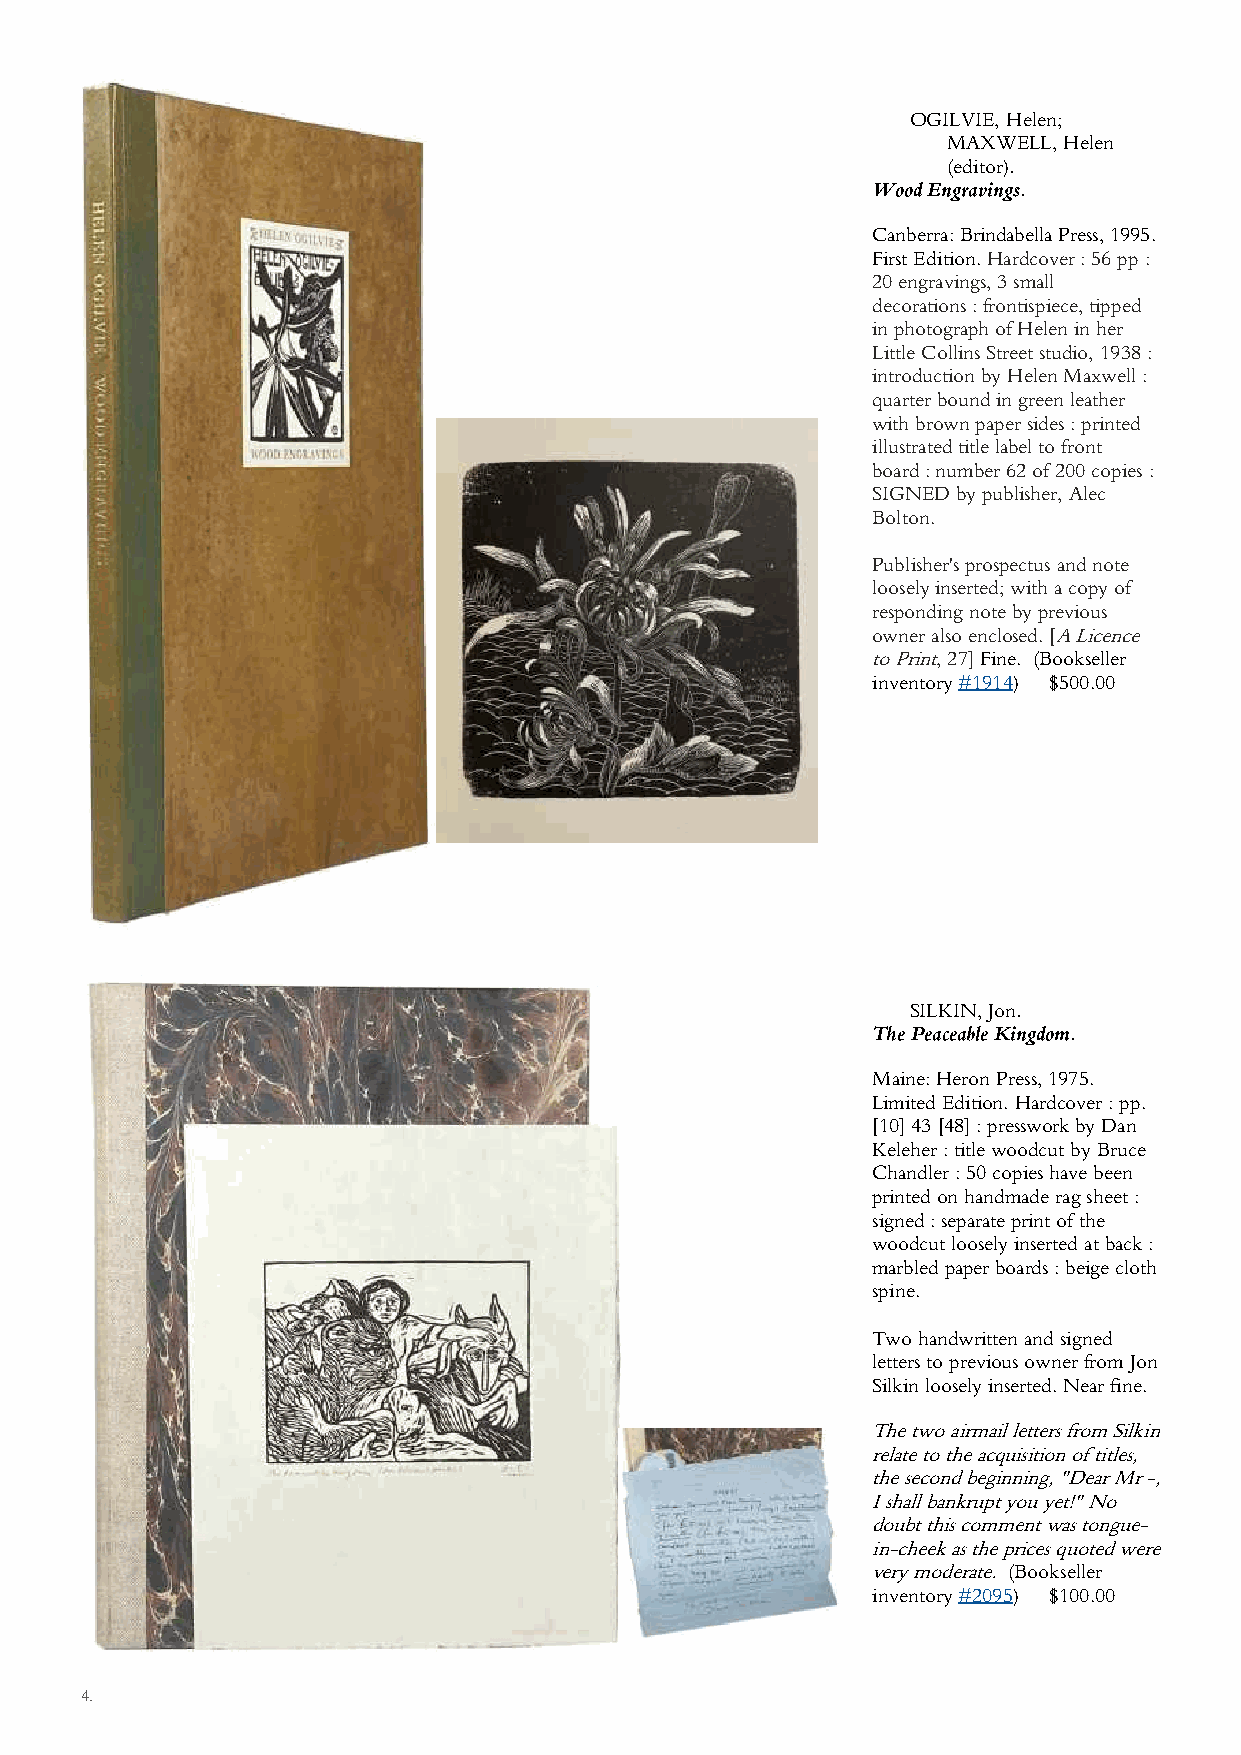
OGILVIE, Helen;
 MAXWELL, Helen
 (editor).
 Wood Engravings.
 Canberra: Brindabella Press, 1995.
 First Edition. Hardcover : 56 pp :
 20 engravings, 3 small
 decorations : frontispiece, tipped
 in photograph of Helen in her
 Little Collins Street studio, 1938 :
 introduction by Helen Maxwell :
 quarter bound in green leather
 with brown paper sides : printed
 illustrated title label to front
 board : number 62 of 200 copies :
 SIGNED by publisher, Alec
 Bolton.
 Publisher's prospectus and note
 loosely inserted; with a copy of
 responding note by previous
 owner also enclosed. [A Licence
 to Print, 27] Fine. (Bookseller
 inventory #1914) $500.00
 SILKIN, Jon.
 The Peaceable Kingdom.
 Maine: Heron Press, 1975.
 Limited Edition. Hardcover : pp.
 [10] 43 [48] : presswork by Dan
 Keleher : title woodcut by Bruce
 Chandler : 50 copies have been
 printed on handmade rag sheet :
 signed : separate print of the
 woodcut loosely inserted at back :
 marbled paper boards : beige cloth
 spine.
 Two handwritten and signed
 letters to previous owner from Jon
 Silkin loosely inserted. Near fine.
 The two airmail letters from Silkin
 relate to the acquisition of titles,
 the second beginning, "Dear Mr -,
 I shall bankrupt you yet!" No
 doubt this comment was tongue-
 in-cheek as the prices quoted were
 very moderate. (Bookseller
 inventory #2095) $100.00
 4.